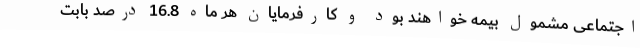
اجتماعی مشمول بیمه خواهند بود و کارفرمایان هر ماه 16.8 درصد بابت